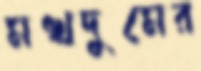
মখদুমের